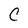
Character: C